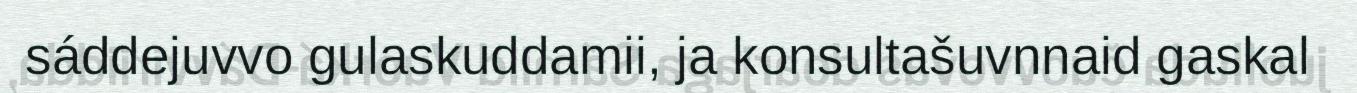
sáddejuvvo gulaskuddamii, ja konsultašuvnnaid gaskal